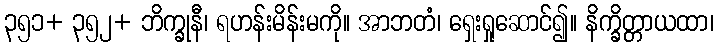
၃၅၁+ ၃၅၂+ ဘိက္ခုနီ၊ ရဟန်းမိန်းမကို။ အာဘတံ၊ ရှေးရှုဆောင်၍။ နိက္ခိတ္တာယထာ၊